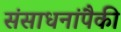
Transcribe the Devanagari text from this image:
संसाधनांपैकी